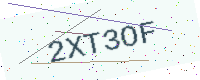
Text: 2XT3OF